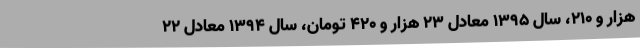
هزار و ۲۱۰، سال ۱۳۹۵ معادل ۲۳ هزار و ۴۲۰ تومان، سال ۱۳۹۴ معادل ۲۲